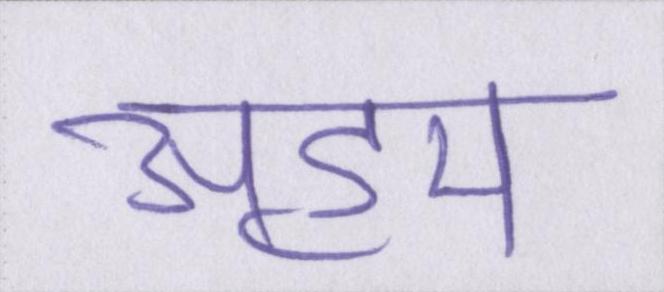
अहम